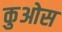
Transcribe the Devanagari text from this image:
कुओस